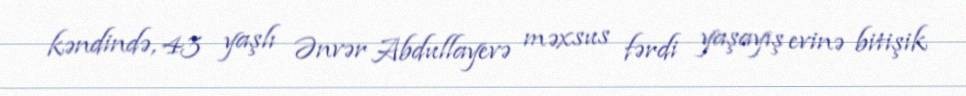
kəndində, 43 yaşlı Ənvər Abdullayevə məxsus fərdi yaşayış evinə bitişik